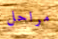
مراحل